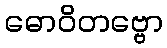
ဓောဝိတဗ္ဗော